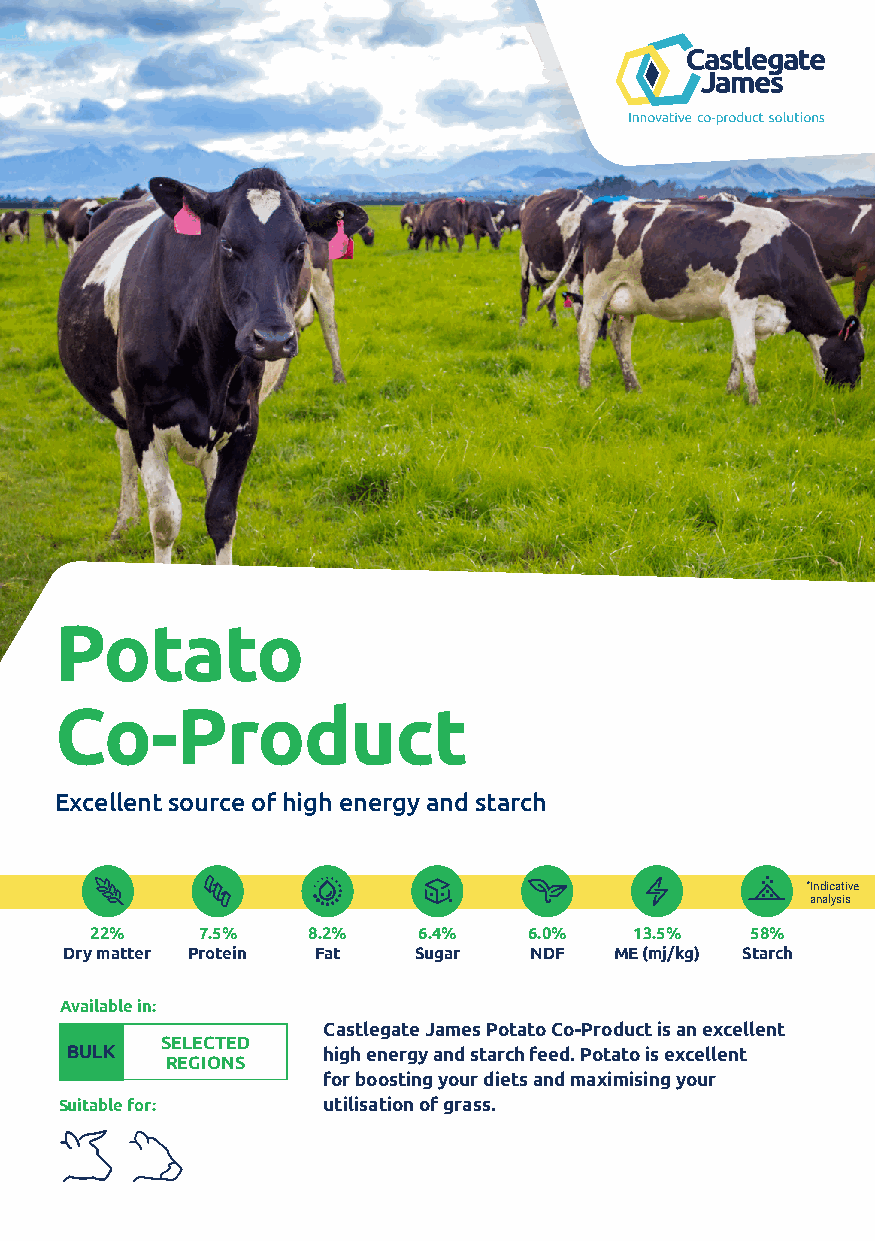
Potato
 Co-Product
 Excellent source of high energy and starch
 *Indicative
 analysis
 22%    7.5%   8.2%    6.4%   6.0%   13.5%   58%
 Dry matter Protein Fat Sugar   NDF   ME (mj/kg) Starch
 Available in:
 Castlegate James Potato Co-Product is an excellent
 SELECTED
 BULK             high energy and starch feed. Potato is excellent
 REGIONS
 for boosting your diets and maximising your
 Suitable for:    utilisation of grass.